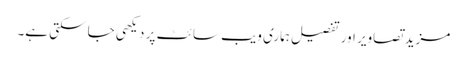
مزید تصاویر اور تفصیل ہماری ویب سائٹ پر دیکھی جا سکتی ہے۔